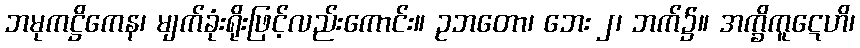
ဘမုကဋ္ဌိကေန၊ မျက်ခုံးရိုးဖြင့်လည်းကောင်း။ ဥဘတော၊ ဘေး ၂၊ ဘက်၌။ အက္ခိကူဋေဟိ၊